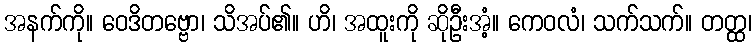
အနက်ကို။ ဝေဒိတဗ္ဗော၊ သိအပ်၏။ ဟိ၊ အထူးကို ဆိုဦးအံ့။ ကေဝလံ၊ သက်သက်။ တတ္ထ၊